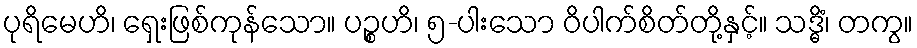
ပုရိမေဟိ၊ ရှေးဖြစ်ကုန်သော။ ပဉ္စဟိ၊ ၅-ပါးသော ဝိပါက်စိတ်တို့နှင့်။ သဒ္ဓိံ၊ တကွ။